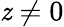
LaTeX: \mathit{z}\neq0